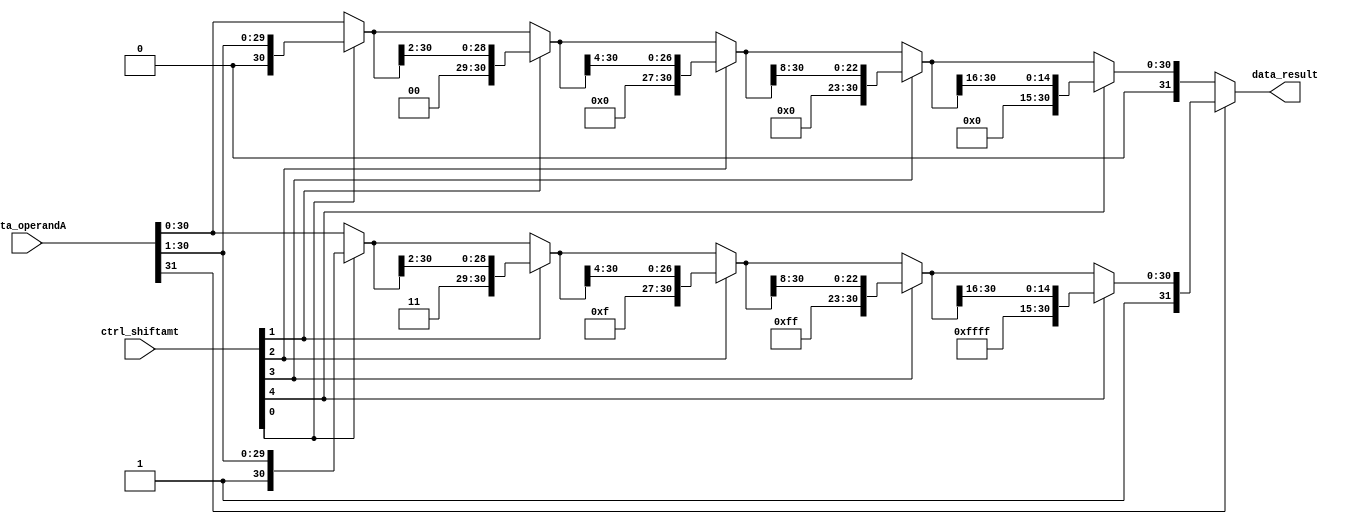
//Arithmetic (or signed) right shift:
module sra(data_operandA, ctrl_shiftamt, data_result);
	input [31:0] data_operandA;
	input [4:0] ctrl_shiftamt;
	output [31:0] data_result;
	wire [31:0] result_after_shiftamt0_1, result_after_shiftamt1_1, result_after_shiftamt2_1, result_after_shiftamt3_1, result_after_shiftamt4_1, result_after_shiftamt0_0, result_after_shiftamt1_0, result_after_shiftamt2_0, result_after_shiftamt3_0, result_after_shiftamt4_0;
	//Two situations: the MSB of data_operandA is 1 or 0
	// if ctrl_shiftamt[0]=1, right shift 2^0 bits and brining in sign bit (1) at left
	assign result_after_shiftamt0_1 = ctrl_shiftamt[0] ? {1'b1, data_operandA[31:1]} : data_operandA;
	// if ctrl_shiftamt[1]=1, right shift 2^1 bits and brining in sign bit (1) at left
	assign result_after_shiftamt1_1 = ctrl_shiftamt[1] ? {2'b11, result_after_shiftamt0_1[31:2]} : result_after_shiftamt0_1;
	//if ctrl_shiftamt[2]=1, right shift 2^2 bits and brining in sign bit (1) at left
	assign result_after_shiftamt2_1 = ctrl_shiftamt[2] ? {4'b1111, result_after_shiftamt1_1[31:4]} : result_after_shiftamt1_1;
	// if ctrl_shiftamt[3]=1, right shift 2^3 bits and brining in sign bit (1) at left
	assign result_after_shiftamt3_1 = ctrl_shiftamt[3] ? {8'b11111111, result_after_shiftamt2_1[31:8]} : result_after_shiftamt2_1;
	// if ctrl_shiftamt[4]=1, right shift 2^4 bits and brining in sign bit (1) at left
	assign result_after_shiftamt4_1 = ctrl_shiftamt[4] ? {16'b1111111111111111, result_after_shiftamt3_1[31:16]} : result_after_shiftamt3_1;

	// if ctrl_shiftamt[0]=1, right shift 2^0 bits and brining in sign bit (0) at left
	assign result_after_shiftamt0_0 = ctrl_shiftamt[0] ? {1'b0, data_operandA[31:1]} : data_operandA;
	// if ctrl_shiftamt[1]=1, right shift 2^1 bits and brining in sign bit (0) at left
	assign result_after_shiftamt1_0 = ctrl_shiftamt[1] ? {2'b00, result_after_shiftamt0_0[31:2]} : result_after_shiftamt0_0;
	//if ctrl_shiftamt[2]=1, right shift 2^2 bits and brining in sign bit (0) at left
	assign result_after_shiftamt2_0 = ctrl_shiftamt[2] ? {4'b0000, result_after_shiftamt1_0[31:4]} : result_after_shiftamt1_0;
	// if ctrl_shiftamt[3]=1, right shift 2^3 bits and brining in sign bit (0) at left
	assign result_after_shiftamt3_0 = ctrl_shiftamt[3] ? {8'b00000000, result_after_shiftamt2_0[31:8]} : result_after_shiftamt2_0;
	// if ctrl_shiftamt[4]=1, right shift 2^4 bits and brining in sign bit (0) at left
	assign result_after_shiftamt4_0 = ctrl_shiftamt[4] ? {16'b0000000000000000, result_after_shiftamt3_0[31:16]} : result_after_shiftamt3_0;
	
	
	assign data_result = data_operandA[31] ? result_after_shiftamt4_1 : result_after_shiftamt4_0;
endmodule